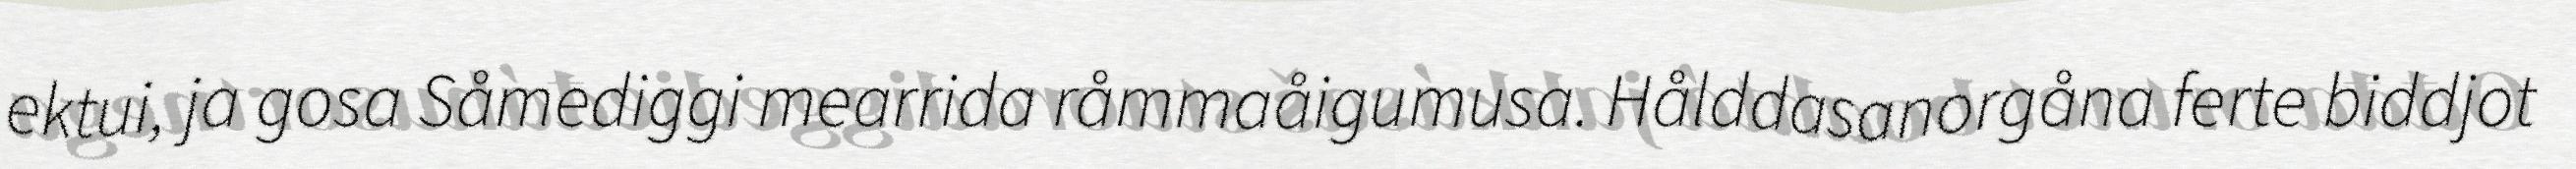
ektui, ja gosa Såmediggi mearrida råmmaåigumusa. Hålddasanorgåna ferte biddjot